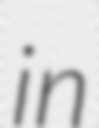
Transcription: in